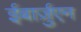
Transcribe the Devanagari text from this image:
ईबार्ज़ुएन